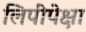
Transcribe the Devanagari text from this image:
लिपींपेक्षा